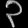
Digit: ၃